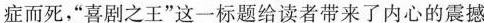
症而死，“喜剧之王”这一标题给读者带来了内心的震撼